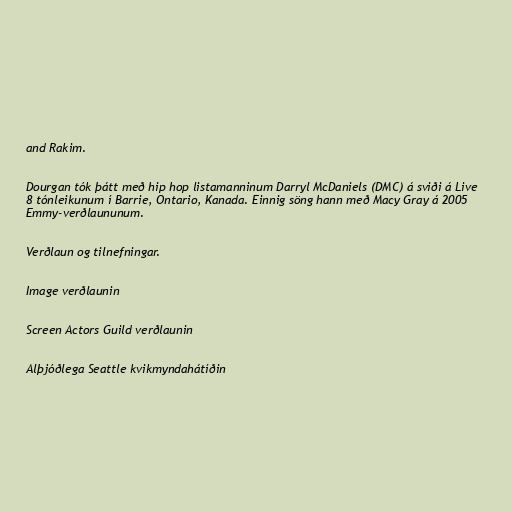
and Rakim.

Dourgan tók þátt með hip hop listamanninum Darryl McDaniels (DMC) á sviði á Live
8 tónleikunum í Barrie, Ontario, Kanada. Einnig söng hann með Macy Gray á 2005
Emmy-verðlaununum.

Verðlaun og tilnefningar.

Image verðlaunin

Screen Actors Guild verðlaunin

Alþjóðlega Seattle kvikmyndahátíðin